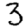
Digit: 3